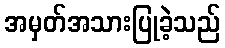
အမှတ်အသားပြုခဲ့သည်